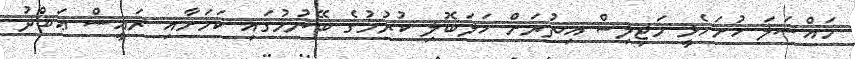
މައްސަލަ ހުށަހެޅީ މަޖިލިސް އިތުރަށް ހަލަބޮލި ކުރުމުގެ ބޭނުމުގައި ކަމަށާއި ރައީސް ޢަބްދު